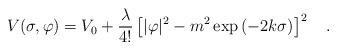
LaTeX: \begin{align*}V(\sigma,\varphi) = V_0 + {\lambda \over 4!} \left[ |\varphi|^2 -m^2 \exp\left(- 2 k \sigma\right)\right]^2~~~.\end{align*}